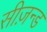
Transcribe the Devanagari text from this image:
सीज़न्ड